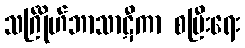
သင်္ဂြိုဟ်ဘာသာဋီကာ စပြီးရေး